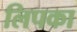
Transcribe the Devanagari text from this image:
लिपका